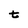
Character: t